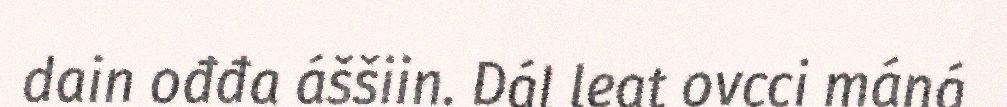
dain ođđa áššiin. Dál leat ovcci máná